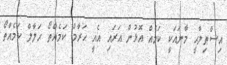
އިސްޠިލާޙީ މާނައަކީ ކަމެއް އޮޅުން އަރައި އެއީ ޙަރާމް ކަމެއްތޯ ޙަލާލް ކަމެއްތޯ